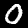
Digit: 0